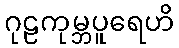
ဂုဠကုမ္ဘပူရေဟိ